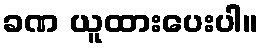
ခဏ ယူထားပေးပါ။